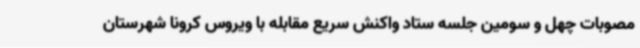
مصوبات چهل و سومین جلسه ستاد واکنش سریع مقابله با ویروس کرونا شهرستان